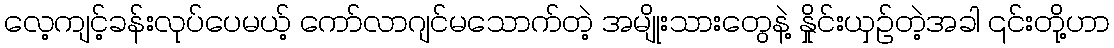
လေ့ကျင့်ခန်းလုပ်ပေမယ့် ကော်လာဂျင်မသောက်တဲ့ အမျိုးသားတွေနဲ့ နှိုင်းယှဉ်တဲ့အခါ ၎င်းတို့ဟာ